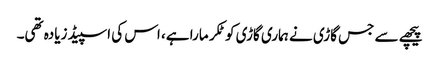
پیچھے سے جس گاڑی نے ہماری گاڑی کو ٹکر مارا ہے، اس کی اسپیڈ زیادہ تھی۔